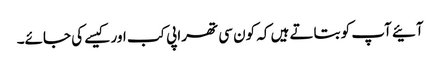
آئیے آپ کو بتاتے ہیں کہ کون سی تھراپی کب اور کیسے کی جائے۔